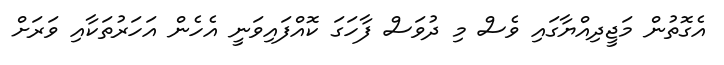
އެގޮތުން މަޖީދިއްޔާގައި ވެސް މި ދުވަސް ފާހަގަ ކޮއްފައިވަނީ އެހެން އަހަރުތަކާއި ވަރަށް